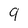
Character: 9